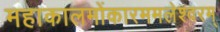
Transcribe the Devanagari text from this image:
महाकालमोंकारममलेश्वरम्